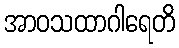
အာဝသထာဂါရေတိ